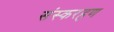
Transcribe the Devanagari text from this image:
संस्करहण